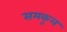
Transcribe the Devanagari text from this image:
समकूल